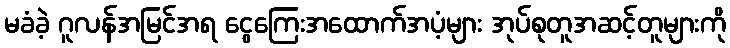
မခံခဲ့ ဂူလန်အမြင်အရ ငွေကြေးအထောက်အပံ့များ အုပ်စုတူအဆင့်တူများကို